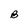
Character: B